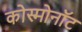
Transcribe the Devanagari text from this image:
कोस्मोनॉट